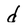
Character: d